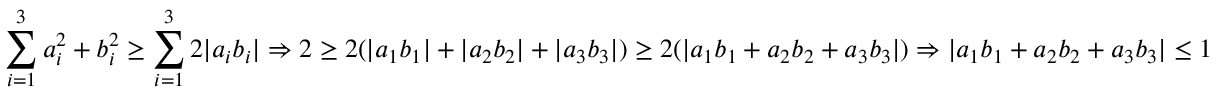
\sum _ { i = 1 } ^ { 3 } a _ { i } ^ { 2 } + b _ { i } ^ { 2 } \geq \sum _ { i = 1 } ^ { 3 } 2 | a _ { i } b _ { i } | \Rightarrow 2 \geq 2 ( | a _ { 1 } b _ { 1 } | + | a _ { 2 } b _ { 2 } | + | a _ { 3 } b _ { 3 } | ) \geq 2 ( | a _ { 1 } b _ { 1 } + a _ { 2 } b _ { 2 } + a _ { 3 } b _ { 3 } | ) \Rightarrow | a _ { 1 } b _ { 1 } + a _ { 2 } b _ { 2 } + a _ { 3 } b _ { 3 } | \leq 1